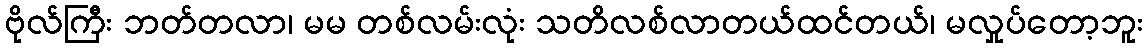
ဗိုလ်ကြီး ဘတ်တလာ၊ မမ တစ်လမ်းလုံး သတိလစ်လာတယ်ထင်တယ်၊ မလှုပ်တော့ဘူး